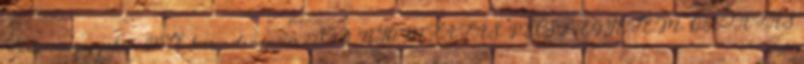
Tudományegyetem PTE háromdimenziós 3D 3D NYOMTATÁS, PÉCSI EGYETEM, OKTATÁS